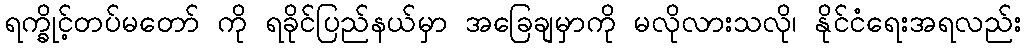
ရက္ခိုင့်တပ်မတော် ကို ရခိုင်ပြည်နယ်မှာ အခြေချမှာကို မလိုလားသလို၊ နိုင်ငံရေးအရလည်း